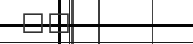
٦٢